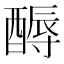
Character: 𲆵